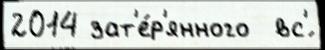
2014 зат'е́р'янного  вс'́